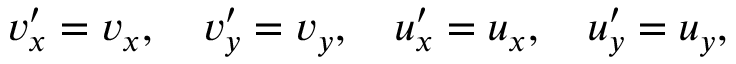
v _ { x } ^ { \prime } = v _ { x } , \quad v _ { y } ^ { \prime } = v _ { y } , \quad u _ { x } ^ { \prime } = u _ { x } , \quad u _ { y } ^ { \prime } = u _ { y } ,